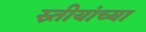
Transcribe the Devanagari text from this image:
स्र्तीयांच्या